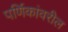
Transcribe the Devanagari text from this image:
पर्णिकांवरील